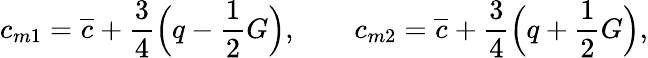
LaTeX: \begin{array}{ccc}{\displaystyle{c_{m1}=\overline{{c}}+\frac{3}{4}\Big(q-\frac{1}{2}G\Big),\qquad c_{m2}=\overline{{c}}+\frac{3}{4}\Big(q+\frac{1}{2}G\Big),}}\end{array}